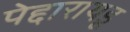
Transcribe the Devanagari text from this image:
पेद्दारायडू